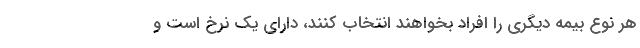
هر نوع بیمه دیگری را افراد بخواهند انتخاب کنند، دارای یک نرخ است و